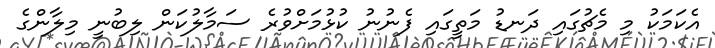
އެކަމަކު މި މެޗުގައި ދަނޑު މަތީގައި ފެނުނު ކުޅުމަށްވުރެ ސަމާލުކަން ލިބުނީ މިލާންގެ